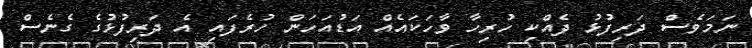
ނަމަވެސް ދަރިފުޅު ދެއްކި ހުރިހާ ވާހަކައެއް އަޑުއަހަން ހުރެފައި އެ ދަރިފުޅުގެ ގެނެސް